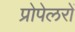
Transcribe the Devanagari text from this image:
प्रोपेलरों